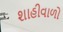
શાહીવાળો